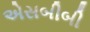
એસબીબી